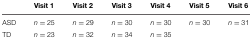
<table><thead><tr><td></td><td><b>Visit 1</b></td><td><b>Visit 2</b></td><td><b>Visit 3</b></td><td><b>Visit 4</b></td><td><b>Visit 5</b></td><td><b>Visit 6</b></td></tr></thead><tbody><tr><td>ASD</td><td><i>n</i> = 25</td><td><i>n</i> = 29</td><td><i>n</i> = 30</td><td><i>n</i> = 30</td><td><i>n</i> = 30</td><td><i>n</i> = 31</td></tr><tr><td>TD</td><td><i>n</i> = 23</td><td><i>n</i> = 32</td><td><i>n</i> = 34</td><td><i>n</i> = 35</td><td></td><td></td></tr></tbody></table>